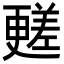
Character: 𣍏